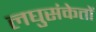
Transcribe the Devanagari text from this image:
लघुसंकेतों